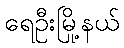
ရေဦးမြို့နယ်